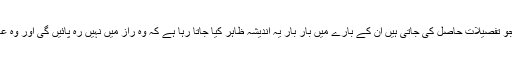
آدھار کارڈ کے ذریعے ایک شہری کی جو تفصیلات حاصل کی جاتی ہیں ان کے بارے میں بار بار یہ اندیشہ ظاہر کیا جاتا رہا ہے کہ وہ راز میں نہیں رہ پائیں گی اور وہ عالمی ایجنسیوں کو فراہم کر دی جائیں گی۔